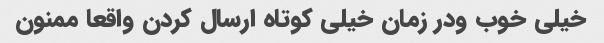
خیلی خوب ودر زمان خیلی کوتاه ارسال کردن واقعا ممنون